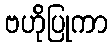
ဗဟိုပြုကာ